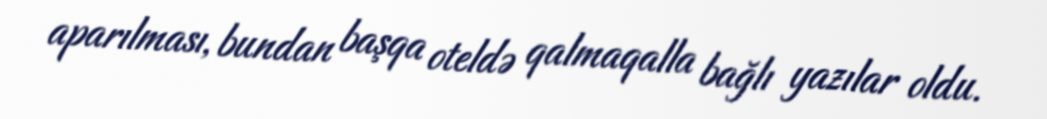
aparılması, bundan başqa oteldə qalmaqalla bağlı yazılar oldu.